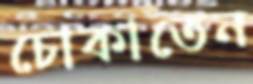
চোকাতেন